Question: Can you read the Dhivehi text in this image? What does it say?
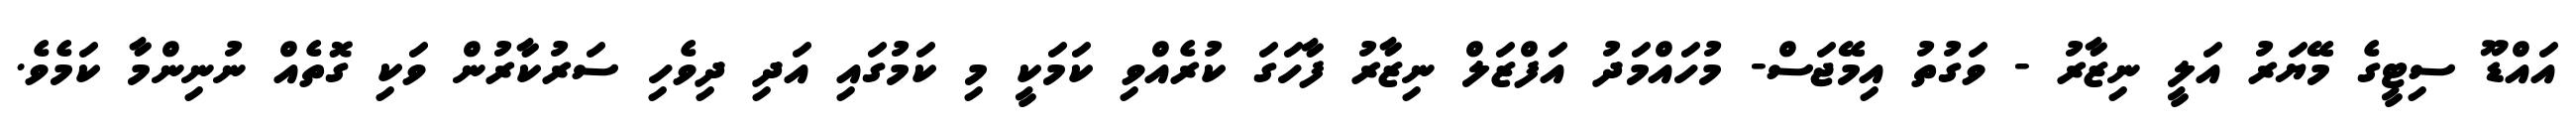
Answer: އައްޑޫ ސިޓީގެ މޭޔަރު އަލީ ނިޒާރު - ވަގުތު އިމޭޖަސް- މުހައްމަދު އަފްޒަލް ނިޒާރު ފާހަގަ ކުރެއްވި ކަމަކީ މި ކަމުގައި އަދި ދިވެހި ސަރުކާރުން ވަކި ގޮތެއް ނުނިންމާ ކަމެވެ.